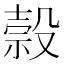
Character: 𬆭